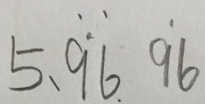
5 , \dot { 9 } \dot { 6 } \dot { 9 } 6